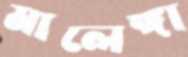
মালেঙ্গা